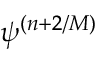
\psi ^ { ( n + 2 / { \cal M } ) }